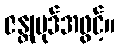
ဇန္တုပုဒ်အဖွင့်။